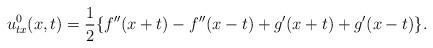
LaTeX: \begin{align*}u_{tx}^0(x,t)=\frac{1}{2}\{f''(x+t)-f''(x-t)+g'(x+t)+g'(x-t)\}.\end{align*}